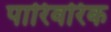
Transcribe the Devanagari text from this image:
पारिवरिक